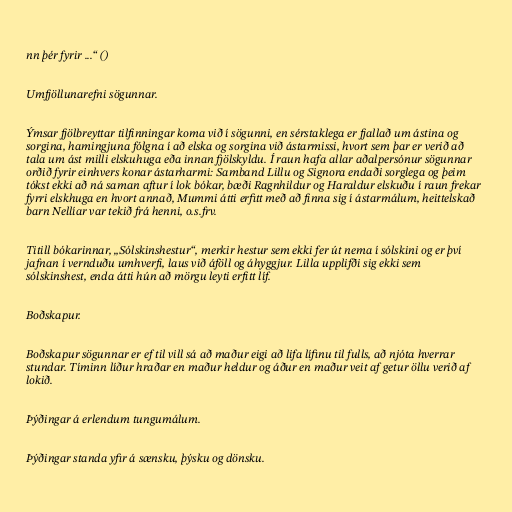
nn þér fyrir ...“ ()

Umfjöllunarefni sögunnar.

Ýmsar fjölbreyttar tilfinningar koma við í sögunni, en sérstaklega er fjallað um ástina og
sorgina, hamingjuna fólgna í að elska og sorgina við ástarmissi, hvort sem þar er verið að
tala um ást milli elskuhuga eða innan fjölskyldu. Í raun hafa allar aðalpersónur sögunnar
orðið fyrir einhvers konar ástarharmi: Samband Lillu og Signora endaði sorglega og þeim
tókst ekki að ná saman aftur í lok bókar, bæði Ragnhildur og Haraldur elskuðu í raun frekar
fyrri elskhuga en hvort annað, Mummi átti erfitt með að finna sig í ástarmálum, heittelskað
barn Nellíar var tekið frá henni, o.s.frv.

Titill bókarinnar, „Sólskinshestur“, merkir hestur sem ekki fer út nema í sólskini og er því
jafnan í vernduðu umhverfi, laus við áföll og áhyggjur. Lilla upplifði sig ekki sem
sólskinshest, enda átti hún að mörgu leyti erfitt líf.

Boðskapur.

Boðskapur sögunnar er ef til vill sá að maður eigi að lifa lífinu til fulls, að njóta hverrar
stundar. Tíminn líður hraðar en maður heldur og áður en maður veit af getur öllu verið af
lokið.

Þýðingar á erlendum tungumálum.

Þýðingar standa yfir á sænsku, þýsku og dönsku.